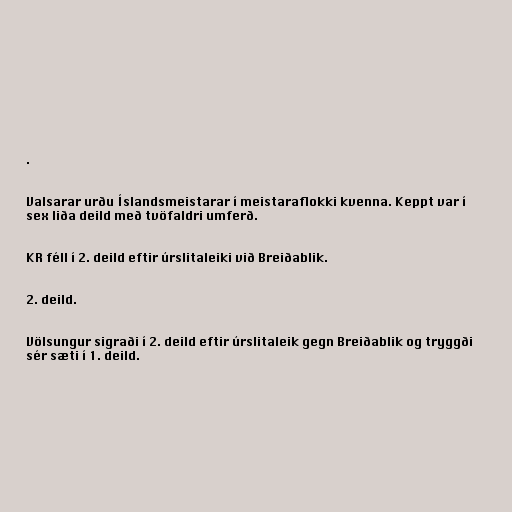
.

Valsarar urðu Íslandsmeistarar í meistaraflokki kvenna. Keppt var í
sex liða deild með tvöfaldri umferð.

KR féll í 2. deild eftir úrslitaleiki við Breiðablik.

2. deild.

Völsungur sigraði í 2. deild eftir úrslitaleik gegn Breiðablik og tryggði
sér sæti í 1. deild.